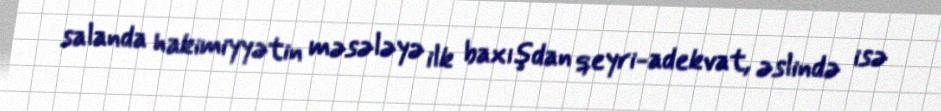
salanda hakimiyyətin məsələyə ilk baxışdan qeyri-adekvat, əslində isə